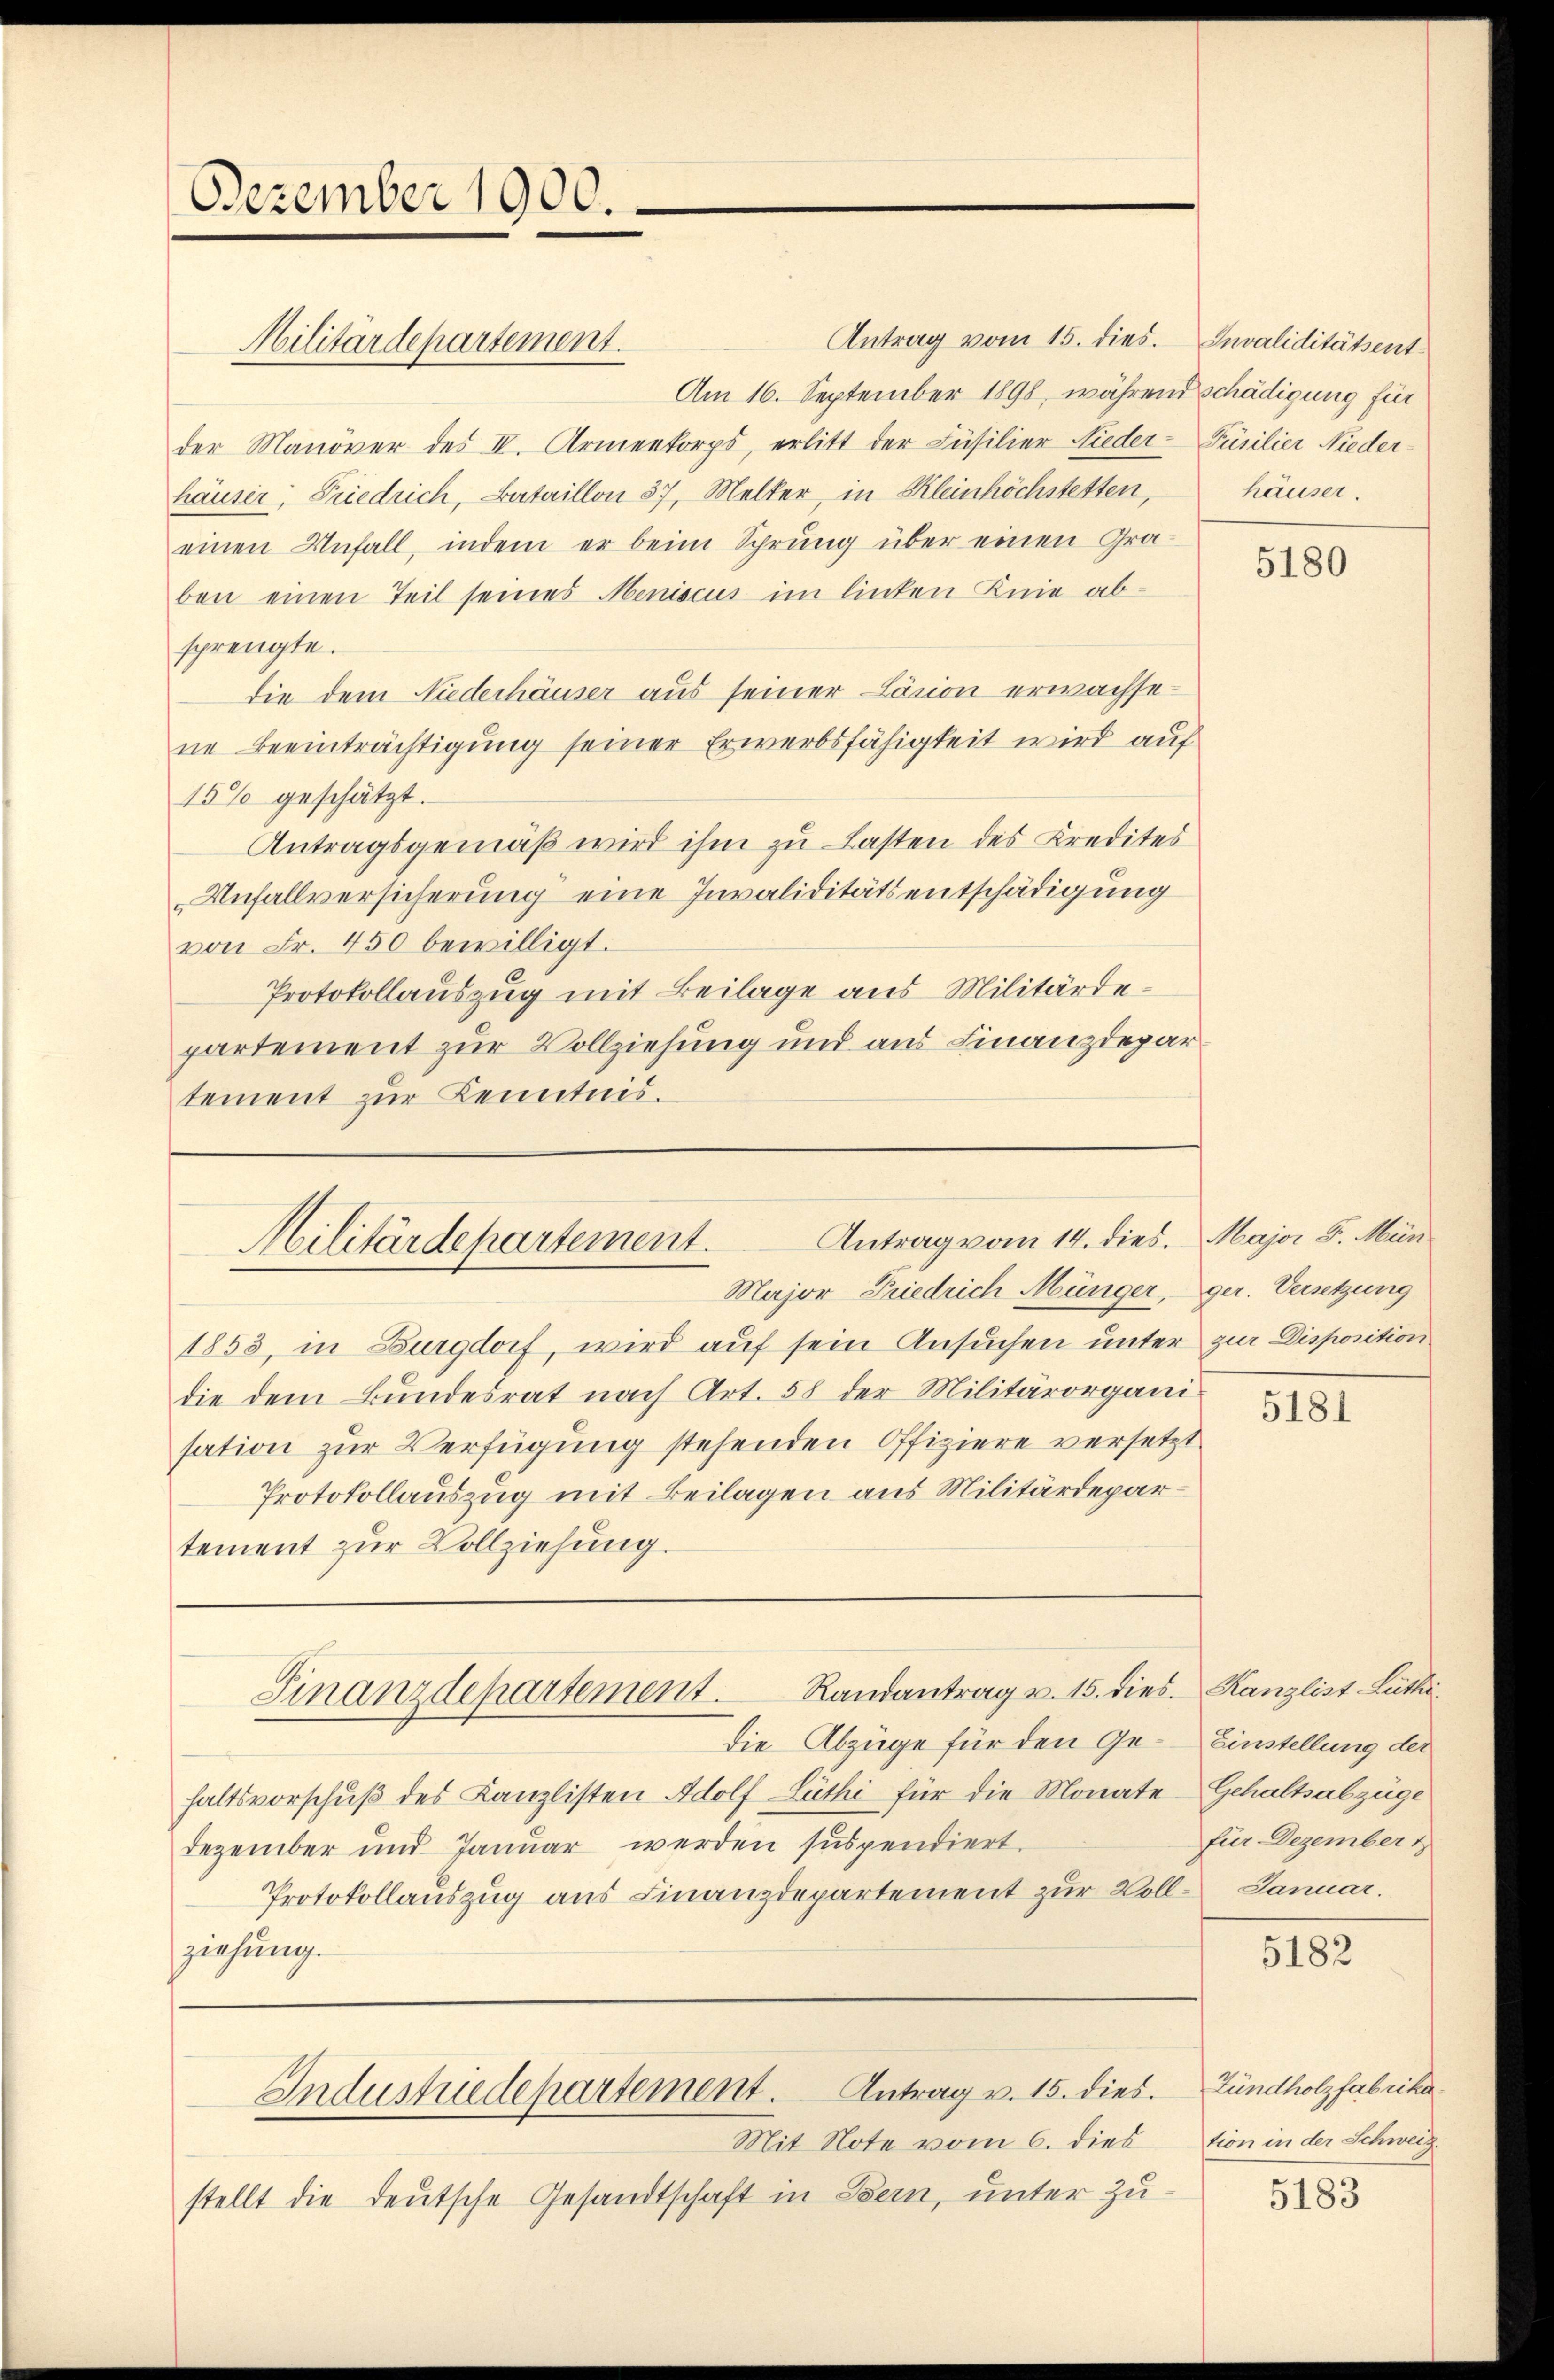
Am 16. September 1898, während schädigung für
der Manover des IV. Armenkorps, erlitt der Füsilier Nieder-Füsilier Niederhäuser, Friedrich, Bataillon 37, Melker, in Kleinhöchstetten,
einen Unfall, indem er beim Sprung über einen Graben einen Teil seines Meniscus im linken Knie absprengte.
die dem Niederhäuser aus seiner äsion erwachsene Beeinträchtigung seiner Erwerbsfähigkeit wird auf
15% geschätzt.
Antragsgemäß wird ihm zu Lasten des Kredites
Unfallversicherung eine Invaliditätsentschädigung
von Fr. 450 bewilligt.
Protokollauszug mit Beilage aus Militärdepartement zur Vollziehung und aus Finanzdepar
tement zur Kenntnis.

Dezember 1900.

Militärdepartement.

Antrag vom 15. dies. Invaliditätsent¬

Antrag vom 14. dies. Major F. Mün¬
Militärdepartement.

die Abzüge für den Gehaltsvorschuß des Kanzlisten Adolf Lüthi für die Monate
Dezember und Januar werden suspendiert.
Protokollauszug aus Finanzdepartement zur Voll- Januar.
ziehung.

stellt die deutsche Gesandtschaft in Bern, unter zu¬

Major Friedrich Münger, ger. Versetzung

1853, in Burgdorf, wird auf sein Ansuchen unter zur Disposition
die dem Bundesrat nach Art. 58 der Militärorgani-
sation zur Verfügung stehenden Offiziere versetzt
Protokollauszug mit Beilagen aus Militärdepartement zur Vollziehung.

Randantrag v. 15. dies. Kanzlist Lüthi
Finanzdepartement.

Industriedepartement. Antrag v. 15. dies.
Mit Note vom 6. dies

häuser.

5180

5181

Einstellung der
Gehaltsabzüge
für Dezember 1

5182

Zündholzfabrika.
tion in der Schweiz.

5183